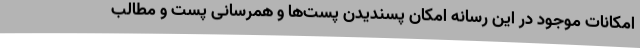
امکانات موجود در این رسانه امکان پسندیدن پست‌ها و همرسانی پست و مطالب